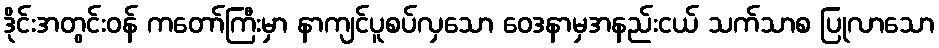
ဒိုင်းအတွင်းဝန် ကတော်ကြီးမှာ နာကျင်ပူစပ်လှသော ဝေဒနာမှအနည်းငယ် သက်သာစ ပြုလာသော